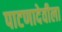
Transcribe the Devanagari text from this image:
पाटणादेवीला